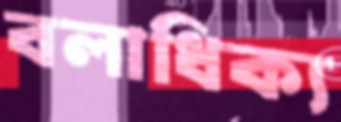
বলাধিক্য